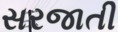
સરજાતી